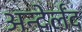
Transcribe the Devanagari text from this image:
अन्देर्लंद